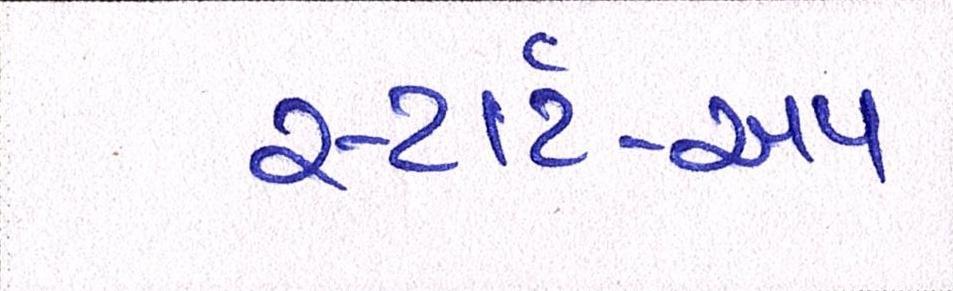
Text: સ્ટાર્ટ-અપ